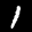
Label: 1